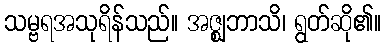
သမ္ဗရအသုရိန်သည်။ အဇ္ဈဘာသိ၊ ရွတ်ဆို၏။